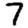
Digit: 7